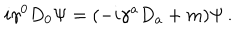
LaTeX: i \gamma ^ { 0 } D _ { 0 } \Psi = ( - i \gamma ^ { a } D _ { a } + m ) \Psi \, .